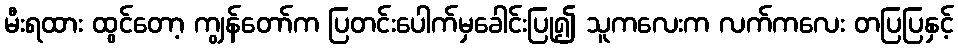
မီးရထား ထွင်တော့ ကျွန်တော်က ပြတင်းပေါက်မှခေါင်းပြု၍ သူကလေးက လက်ကလေး တပြပြနှင့်